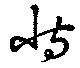
恃